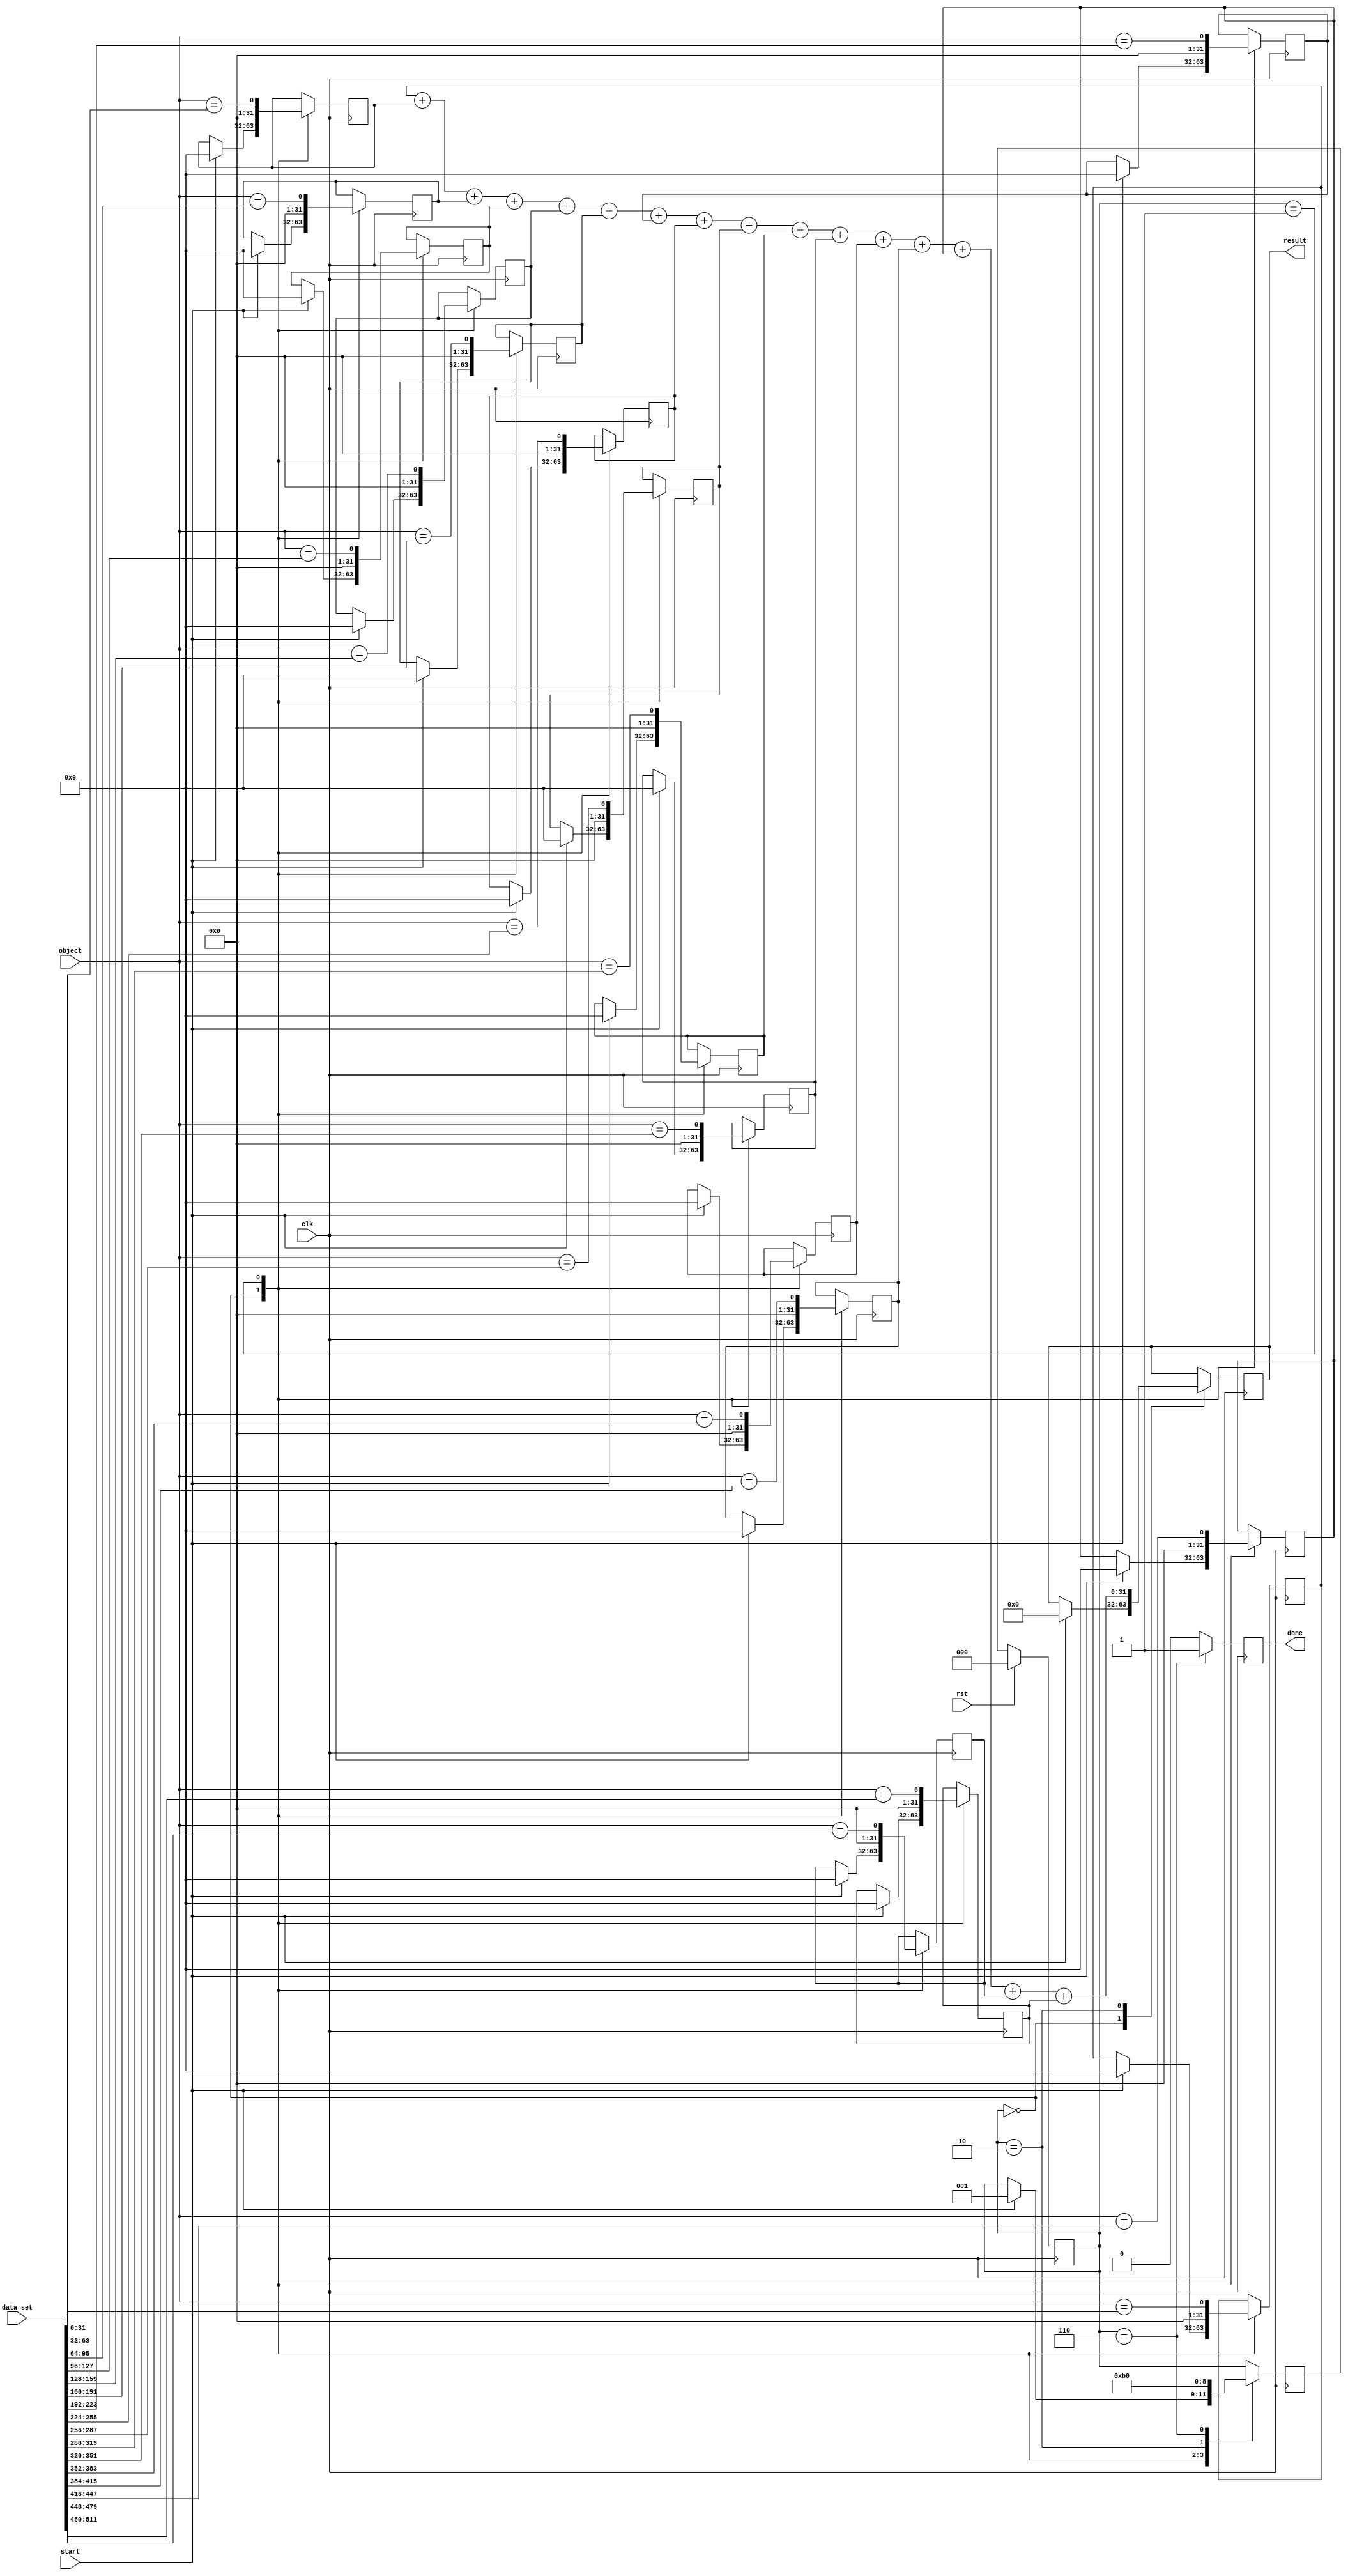
module count(
    //outputs
    done, result,
    //inputs
    clk, rst, start, data_set, object
);

    input clk;
    input rst;
    input start;
    input [511:0] data_set;
    input [31:0] object;
    
    output reg done;
    output reg[31:0] result;

    reg [31:0] cp1 = 9;
    reg [31:0] cp2 = 9;
    reg [31:0] cp3 = 9;
    reg [31:0] cp4 = 9;
    reg [31:0] cp5 = 9;
    reg [31:0] cp6 = 9;
    reg [31:0] cp7 = 9;
    reg [31:0] cp8 = 9;
    reg [31:0] cp9 = 9;
    reg [31:0] cp10 = 9;
    reg [31:0] cp11 = 9;
    reg [31:0] cp12 = 9;
    reg [31:0] cp13 = 9;
    reg [31:0] cp14 = 9;
    reg [31:0] cp15 = 9;
    reg [31:0] cp16 = 9;
    localparam [2:0]
     FSM_IDLE = 3'd0,
     FSM_COM = 3'd1,
     FSM_SUM = 3'd2,
     FSM_SUM2 = 3'd3,
     FSM_SUM3 = 3'd4,
     FSM_SUM4 = 3'd5,
     FSM_DONE = 3'd6;
    
    reg [2:0] fsm_cs,fsm_ns;

    always @ (posedge clk) begin
      if(rst) fsm_cs <= FSM_IDLE;
      else     fsm_cs <= fsm_ns; 
    end

    always @ (posedge clk) begin
        fsm_ns = fsm_cs;
        done = 1'b0;

        case(fsm_cs)
           FSM_IDLE: begin
               if(start) begin
               result = 32'd0;
               cp1 <= 32'd9;
               cp2 <= 32'd9;
               cp3 <= 32'd9;
               cp4 <= 32'd9;
               cp5 <= 32'd9;
               cp6 <= 32'd9;
               cp7 <= 32'd9;
               cp8 <= 32'd9;
               cp9 <= 32'd9;
               cp10 <= 32'd9;
               cp11 <= 32'd9;
               cp12 <= 32'd9;
               cp13 <= 32'd9;
               cp14 <= 32'd9;
               cp15 <= 32'd9;
               cp16 <= 32'd9;
               fsm_ns = FSM_COM;                  
               end
           end

           FSM_COM: begin
               cp1 <= (object == data_set[31:0]);
               cp2 <= (object == data_set[63:32]);
               cp3 <= (object == data_set[95:64]);
               cp4 <= (object == data_set[127:96]);
               cp5 <= (object == data_set[159:128]);
               cp6 <= (object == data_set[191:160]);
               cp7 <= (object == data_set[223:192]);
               cp8 <= (object == data_set[255:224]);
               cp9 <= (object == data_set[287:256]);
               cp10 <= (object == data_set[319:288]);
               cp11 <= (object == data_set[351:320]);
               cp12 <= (object == data_set[383:352]);
               cp13 <= (object == data_set[415:384]);
               cp14 <= (object == data_set[447:416]);
               cp15 <= (object == data_set[479:448]);
               cp16 <= (object == data_set[511:480]);
               fsm_ns = FSM_SUM;    
           end
           
           FSM_SUM: begin
               result <= cp1 + cp2 + cp3 + cp4 + cp5 + cp6 + cp7 + cp8 + cp9 + cp10 + cp11 + cp12 + cp13 + cp14 + cp15 + cp16;
               fsm_ns = FSM_DONE;
           end
           
           FSM_DONE: begin
               done = 1'b1;
               fsm_ns = FSM_IDLE;
            end            
        endcase
    end

endmodule